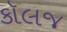
કૉલજ